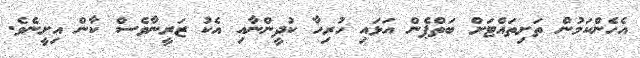
އެހެންކަމުން ތަށިތައްޓަށް ބަތްޕެން އަޅައި ހުރިހާ ކުދީންނާއި އެކު ޒަރީނާވެސް ކާން އިށީނެވެ.